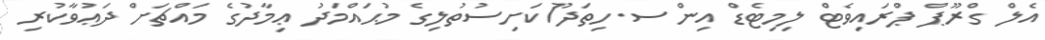
އެލް ގްރޫޕް ޕްރައިވެޓް ލިމިޓެޑް އިން ސ.ހިތަދޫ/ކަށިސުތުލިގެ މުޙައްމަދު ޢިމާދުގެ މައްޗަށް ދަޢުވާކުރި